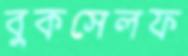
বুকসেলফ